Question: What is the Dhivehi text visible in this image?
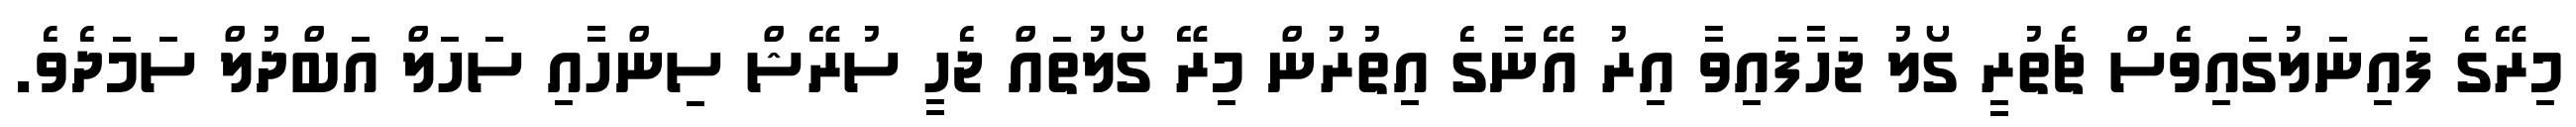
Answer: މިރޭގެ ފައިނަލުގައިވެސް ޗެތުރީ ގޯލު ޖަހާފައިވާ އިރު އޭނާގެ އިތުރުން މިރޭ ގޯލުތައް ޖެހީ ސުރޭޝް ސިންހާއި ސަހަލް އަބްދުލް ސަމަދެވެ.